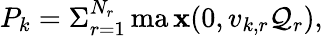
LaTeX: P_{k}=\Sigma_{r=1}^{N_{r}}\operatorname*{ma\mathbf{x}}(0,v_{k,r}\mathcal{{Q}}_{r}),